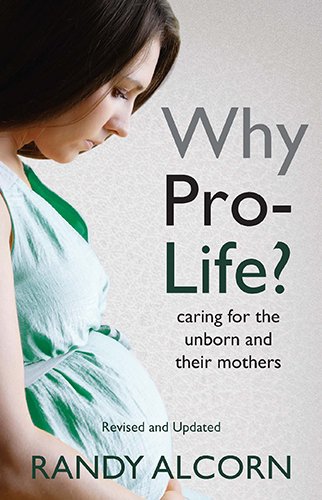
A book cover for Why Pro-Life?: Caring for the Unborn and Their Mothers; Randy C. Alcorn; Politics & Social Sciences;